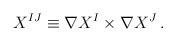
LaTeX: \begin{align*}X^{IJ} \equiv \nabla X^I \times \nabla X^J\, .\end{align*}